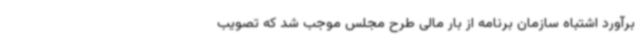
برآورد اشتباه سازمان برنامه از بار مالی طرح مجلس موجب شد که تصویب